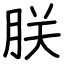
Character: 朕